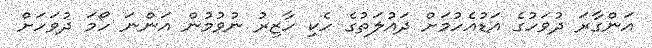
އަންގާރަ ދުވަހުގެ އަޑުއެހުމަށް ދައުލަތުގެ ހެކި ހާޒިރު ނުވުމުން އަންނަ ހޯމަ ދުވަހަށް